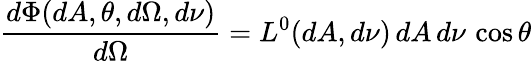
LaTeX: {\frac{d\Phi(dA,\theta,d\Omega,d\nu)}{d\Omega}}=L^{0}(dA,d\nu)\, dA\, d\nu\, \cos\theta